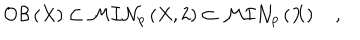
LaTeX: { \cal O B } \left( X \right) \subset { \cal M I N } _ { p } \left( X , 2 \right) \subset { \cal M I N } _ { p } \left( X \right) \quad ,